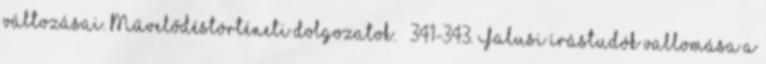
változásai. Művelődéstörténeti dolgozatok. – 341-343. Falusi írástudók vallomása a